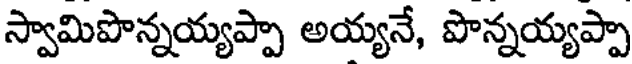
స్వామిపొన్నయ్యప్పా అయ్యనే, పొన్నయ్యప్పా